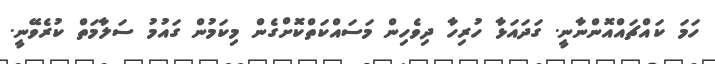
ހަމަ ކައްޗައްއޮންނާނީ. ގަދައަޅާ ހުރިހާ ދިވެހިން މަސައްކަތްކޮށްގެން މިކަމުން ގައުމު ސަލާމަތް ކުރެވޭނީ.